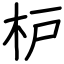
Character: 枦